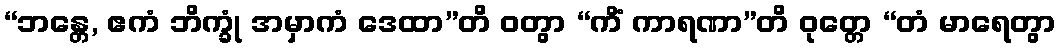
“ဘန္တေ, ဧကံ ဘိက္ခုံ အမှာကံ ဒေထာ”တိ ဝတွာ “ကိံ ကာရဏာ”တိ ဝုတ္တေ “တံ မာရေတွာ